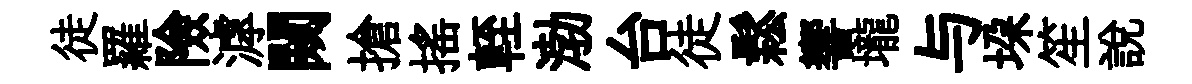
徒羅險滹闚搶揺輊渤台徒鬆響壠与垜笙說